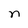
Character: n